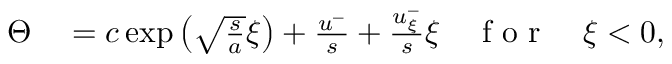
\begin{array} { r l } { \Theta } & { { } = c \exp \left( \sqrt { \frac { s } { a } } \xi \right) + \frac { u ^ { - } } { s } + \frac { u _ { \xi } ^ { - } } { s } \xi \quad \mathrm { ~ f ~ o ~ r ~ } \quad \xi < 0 , } \end{array}